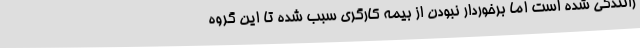
رانندگی شده است اما برخوردار نبودن از بیمه کارگری سبب شده تا این گروه